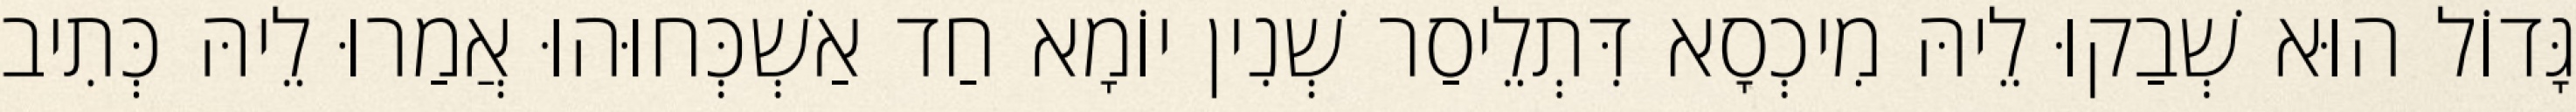
גָּדוֹל הוּא שְׁבַקוּ לֵיהּ מִיכְסָא דִּתְלֵיסַר שְׁנִין יוֹמָא חַד אַשְׁכְּחוּהוּ אֲמַרוּ לֵיהּ כְּתִיב